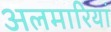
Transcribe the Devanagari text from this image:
अलमारियां